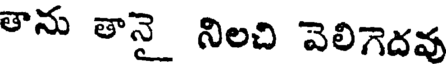
తాను తానై నిలచి వెలిగెదవు